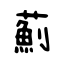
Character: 薊